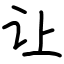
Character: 让